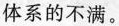
体系的不满。